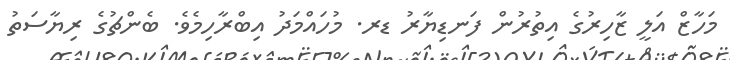
މަހާޒް އަލީ ޒާހިރުގެ އިތުރުން ފަނޑިޔާރު ޑރ. މުހައްމަދު އިބްރާހިިމެވެ. ބެންޗުގެ ރިޔާސަތު